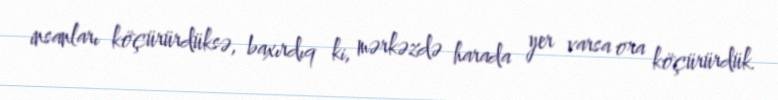
insanları köçürürdüksə, baxırdıq ki, mərkəzdə harada yer varsa ora köçürürdük.